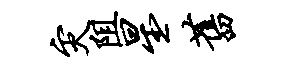
灾阻星旧